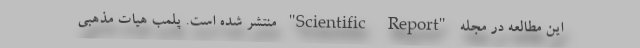
این مطالعه در مجله "Scientific Report" منتشر شده است. پلمب هیات مذهبی